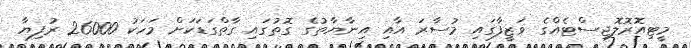
މީޓިއޮރޮލޮޖިސްޓެއްގެ ވަޒީފާގައި މުސާރަ އާއި އިނާޔާތުގެ ގޮތުގައި ގާތްގަޑަކަށް މަހަކު 26000 ރުފިޔާ